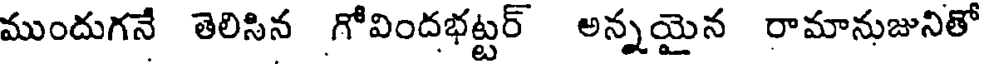
ముందుగనే తెలిసిన గోవిందభట్టర్ అన్నయైన రామానుజునితో